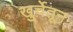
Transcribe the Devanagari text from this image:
खुर्चेतून